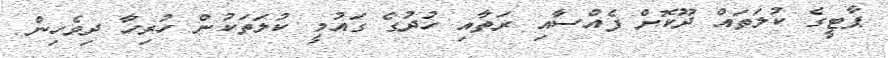
ޕާޓީގެ ކުލަތައް ދޫކޮށް ފެއްސާއި ރަތާއި ހުދުގެ ގައުމީ ކުލަތަކުން ހުރިހާ ދިވެހިން